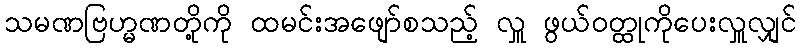
သမဏဗြဟ္မဏတို့ကို ထမင်းအဖျော်စသည့် လှူ ဖွယ်ဝတ္ထုကိုပေးလှူလျှင်